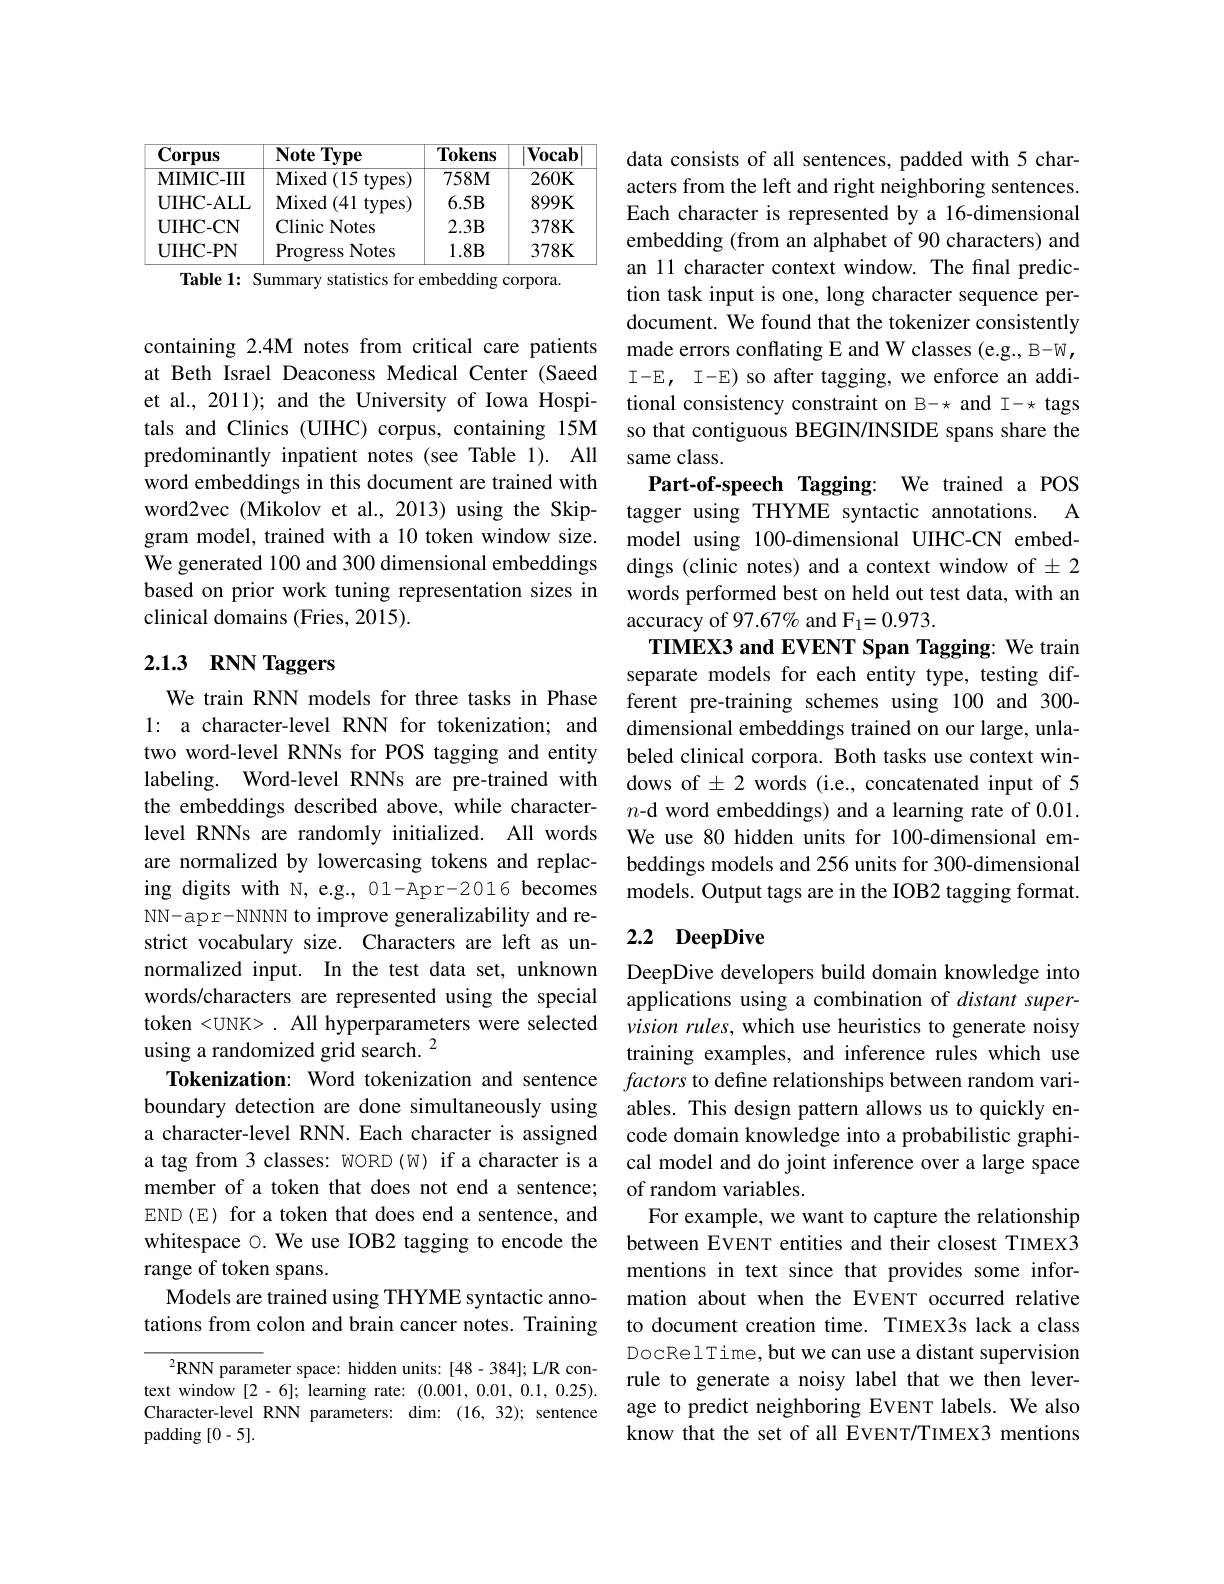
<table>
	<tbody>
		<tr>
			<th>$\mathbf{Corpus}$</th>
			<th>Note Type </th>
			<th>Tokens</th>
			<th>Vocab</th>
		</tr>
		<tr>
			<td>MIMIC- III</td>
			<td>${\mathrm{Mixed~}(15\mathrm{~types})}$ 1</td>
			<td>$758M$</td>
			<td>$260K$</td>
		</tr>
		<tr>
			<td>$\mathbf{UIHC-ALL}$</td>
			<td>$\mathbf{Mixed}$ $1\left(41\right.$ 1 types</td>
			<td>$6.5B$</td>
			<td>$899K$</td>
		</tr>
		<tr>
			<td>$\mathbf{UIHC-CN}$</td>
			<td>Clinic Notes</td>
			<td>$2.3B$</td>
			<td>$378K$</td>
		</tr>
		<tr>
			<td>$\mathbf{UIHC-PN}$</td>
			<td>$\operatorname{Progress}$ Notes</td>
			<td>$1.8B$</td>
			<td>$378K$</td>
		</tr>
	</tbody>
</table>
Table 1: Summary statistics for embedding corpora.

containing 2.4M notes from critical care patients at Beth Israel Deaconess Medical Center (Saeed et al., 2011); and the University of Iowa Hospitals and Clinics (UIHC) corpus, containing 15M predominantly inpatient notes (see Table 1). All word embeddings in this document are trained with word2vec (Mikolov et al., 2013) using the Skipgram model, trained with a 10 token window size. We generated 100 and 300 dimensional embeddings based on prior work tuning representation sizes in clinical domains (Fries, 2015).

# 2.13 RNN Taggers

We train RNN models for three tasks in Phase l: a character-level RNN for tokenization; and two word-level RNNs for POS tagging and entity labeling. Word-level RNNs are pre-trained with the embeddings described above, while characterlevel RNNs are randomly initialized. All words are normalized by lowercasing tokens and replacing digits with N, e.g., 01-Apr-2016 becomes NN-apr-NNNN to improve generalizability and restrict vocabulary size. Characters are left as unnormalized input. In the test data set, unknown words/characters are represented using the special token <UNK> . All hyperparameters were selected using a randomized grid search. $^{2}$
Tokenization: Word tokenization and sentence boundary detection are done simultaneously using a character-level RNN. Each character is assigned a tag from 3 classes: WORD(W) if a character is a member of a token that does not end a sentence; END(E) for a token that does end a sentence, and whitespace $\circ$. We use IOB2 tagging to encode the range of token spans.
Models are trained using THYME syntactic annotations from colon and brain cancer notes. Training
$^{2}$RNN parameter space: hidden units: [ 48- 384] ; L/ R con-

text window [2-6]; learning rate: (0.001,0.01,0.1,0.25). Character-level RNN parameters: dim:(16,32); sentence ${\mathrm{padding~}[0-5].}$

data consists of all sentences, padded with 5 characters from the left and right neighboring sentences. Each character is represented by a 16-dimensional embedding (from an alphabet of 90 characters) and an 11 character context window. The final prediction task input is one, long character sequence perdocument. We found that the tokenizer consistently made errors conflating E and W classes (e.g., B-W, I-E, I-E) so after tagging, we enforce an additional consistency constraint on B-* and I-* tags so that contiguous BEGIN/INSIDE spans share the same class.
Part-of-speech Tagging: We trained a POS

tagger using THYME syntactic annotations. A model using 100-dimensional UIHC-CN embeddings (clinic notes) and a context window of $\pm2$ words performed best on held out test data, with an accuracy of 97.67% and F1=0.973.
TIMEX3 and EVENT Span Tagging: We train separate models for each entity type, testing different pre-training schemes using 100 and 300- dimensional embeddings trained on our large, unlabeled clinical corpora. Both tasks use context windows of±2 words (i.e., concatenated input of 5 $n\textbf{- d word embeddings) and a learning rate of 0. 01. }$ We use 80 hidden units for 100-dimensional embeddings models and 256 units for 300-dimensional models. Output tags are in the IOB2 tagging format. 2.2 DeepDive

DeepDive developers build domain knowledge into applications using a combination of distant supervision rules, which use heuristics to generate noisy training examples, and inference rules which use factors to define relationships between random variables. This design pattern allows us to quickly encode domain knowledge into a probabilistic graphical model and do joint inference over a large space of random variables.
For example, we want to capture the relationship between EVENT entities and their closest TIMEX3 mentions in text since that provides some information about when the EVENT occurred relative to document creation time. TIMEX3s lack a class DocRelTime, but we can use a distant supervision rule to generate a noisy label that we then leverage to predict neighboring EVENT labels. We also know that the set of all EVENT/TIMEX3 mentions